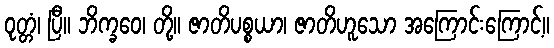
ဝုတ္တံ၊ ပြီ။ ဘိက္ခဝေ၊ တို့။ ဇာတိပစ္စယာ၊ ဇာတိဟူသော အကြောင်းကြောင့်။